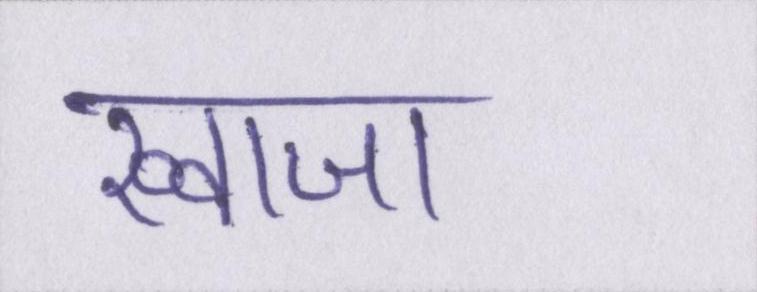
ख्वाजा